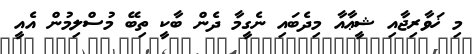
މި ޚަވާރިޖާއި ޝީޢާއާ މިދެބައި ނެގީމާ ދެން ބާކީ ތިބޭ މުސްލިމުން އެއީ